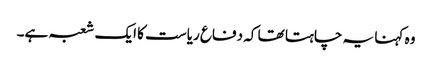
وہ کہنا یہ چاہتا تھا کہ دفاع ریاست کا ایک شعبہ ہے۔